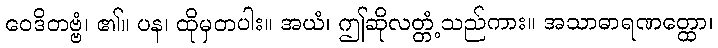
ဝေဒိတဗ္ဗံ၊ ၏။ ပန၊ ထိုမှတပါး။ အယံ၊ ဤဆိုလတ္တံ့သည်ကား။ အသာဓာရဏတ္ထော၊